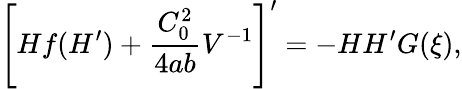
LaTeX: \left[Hf(H^{\prime})+\frac{C_{0}^{2}}{4ab}V^{-1}\right]^{\prime}=-HH^{\prime}G(\xi),